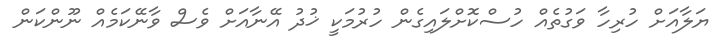
ޔަލާއަށް ހުރިހާ ވަގުތެއް ހުސްކޮށްލައިގެން ހުރުމަކީ ޚުދު އޭނާއަށް ވެސް ވާނޭކަމެއް ނޫންކަން